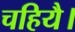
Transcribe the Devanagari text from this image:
चहियै।